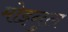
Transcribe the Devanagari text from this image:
मोइनुल